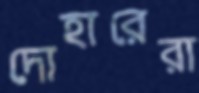
দোহারেরা